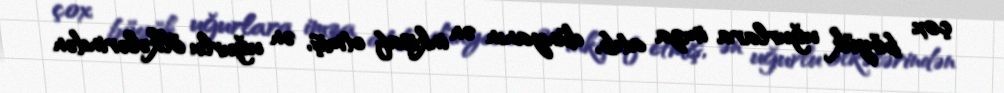
çox böyük uğurlara imza atıb, dünyanın ən inkişaf etmiş, ən uğurlu ölkələrindən